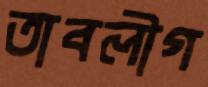
তাবলীগ